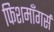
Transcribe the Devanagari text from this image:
फिशमॉंगर्स